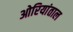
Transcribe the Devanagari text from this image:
ओरियांताल